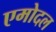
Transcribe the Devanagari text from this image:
एमोदल